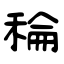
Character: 稐